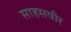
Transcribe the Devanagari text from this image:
साहसवीर